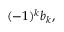
( - 1 ) ^ { k } b _ { k } ,